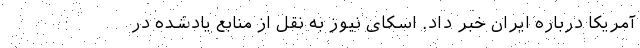
آمریکا درباره ایران خبر داد. اسکای نیوز به نقل از منابع یادشده در